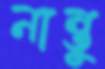
নান্তু